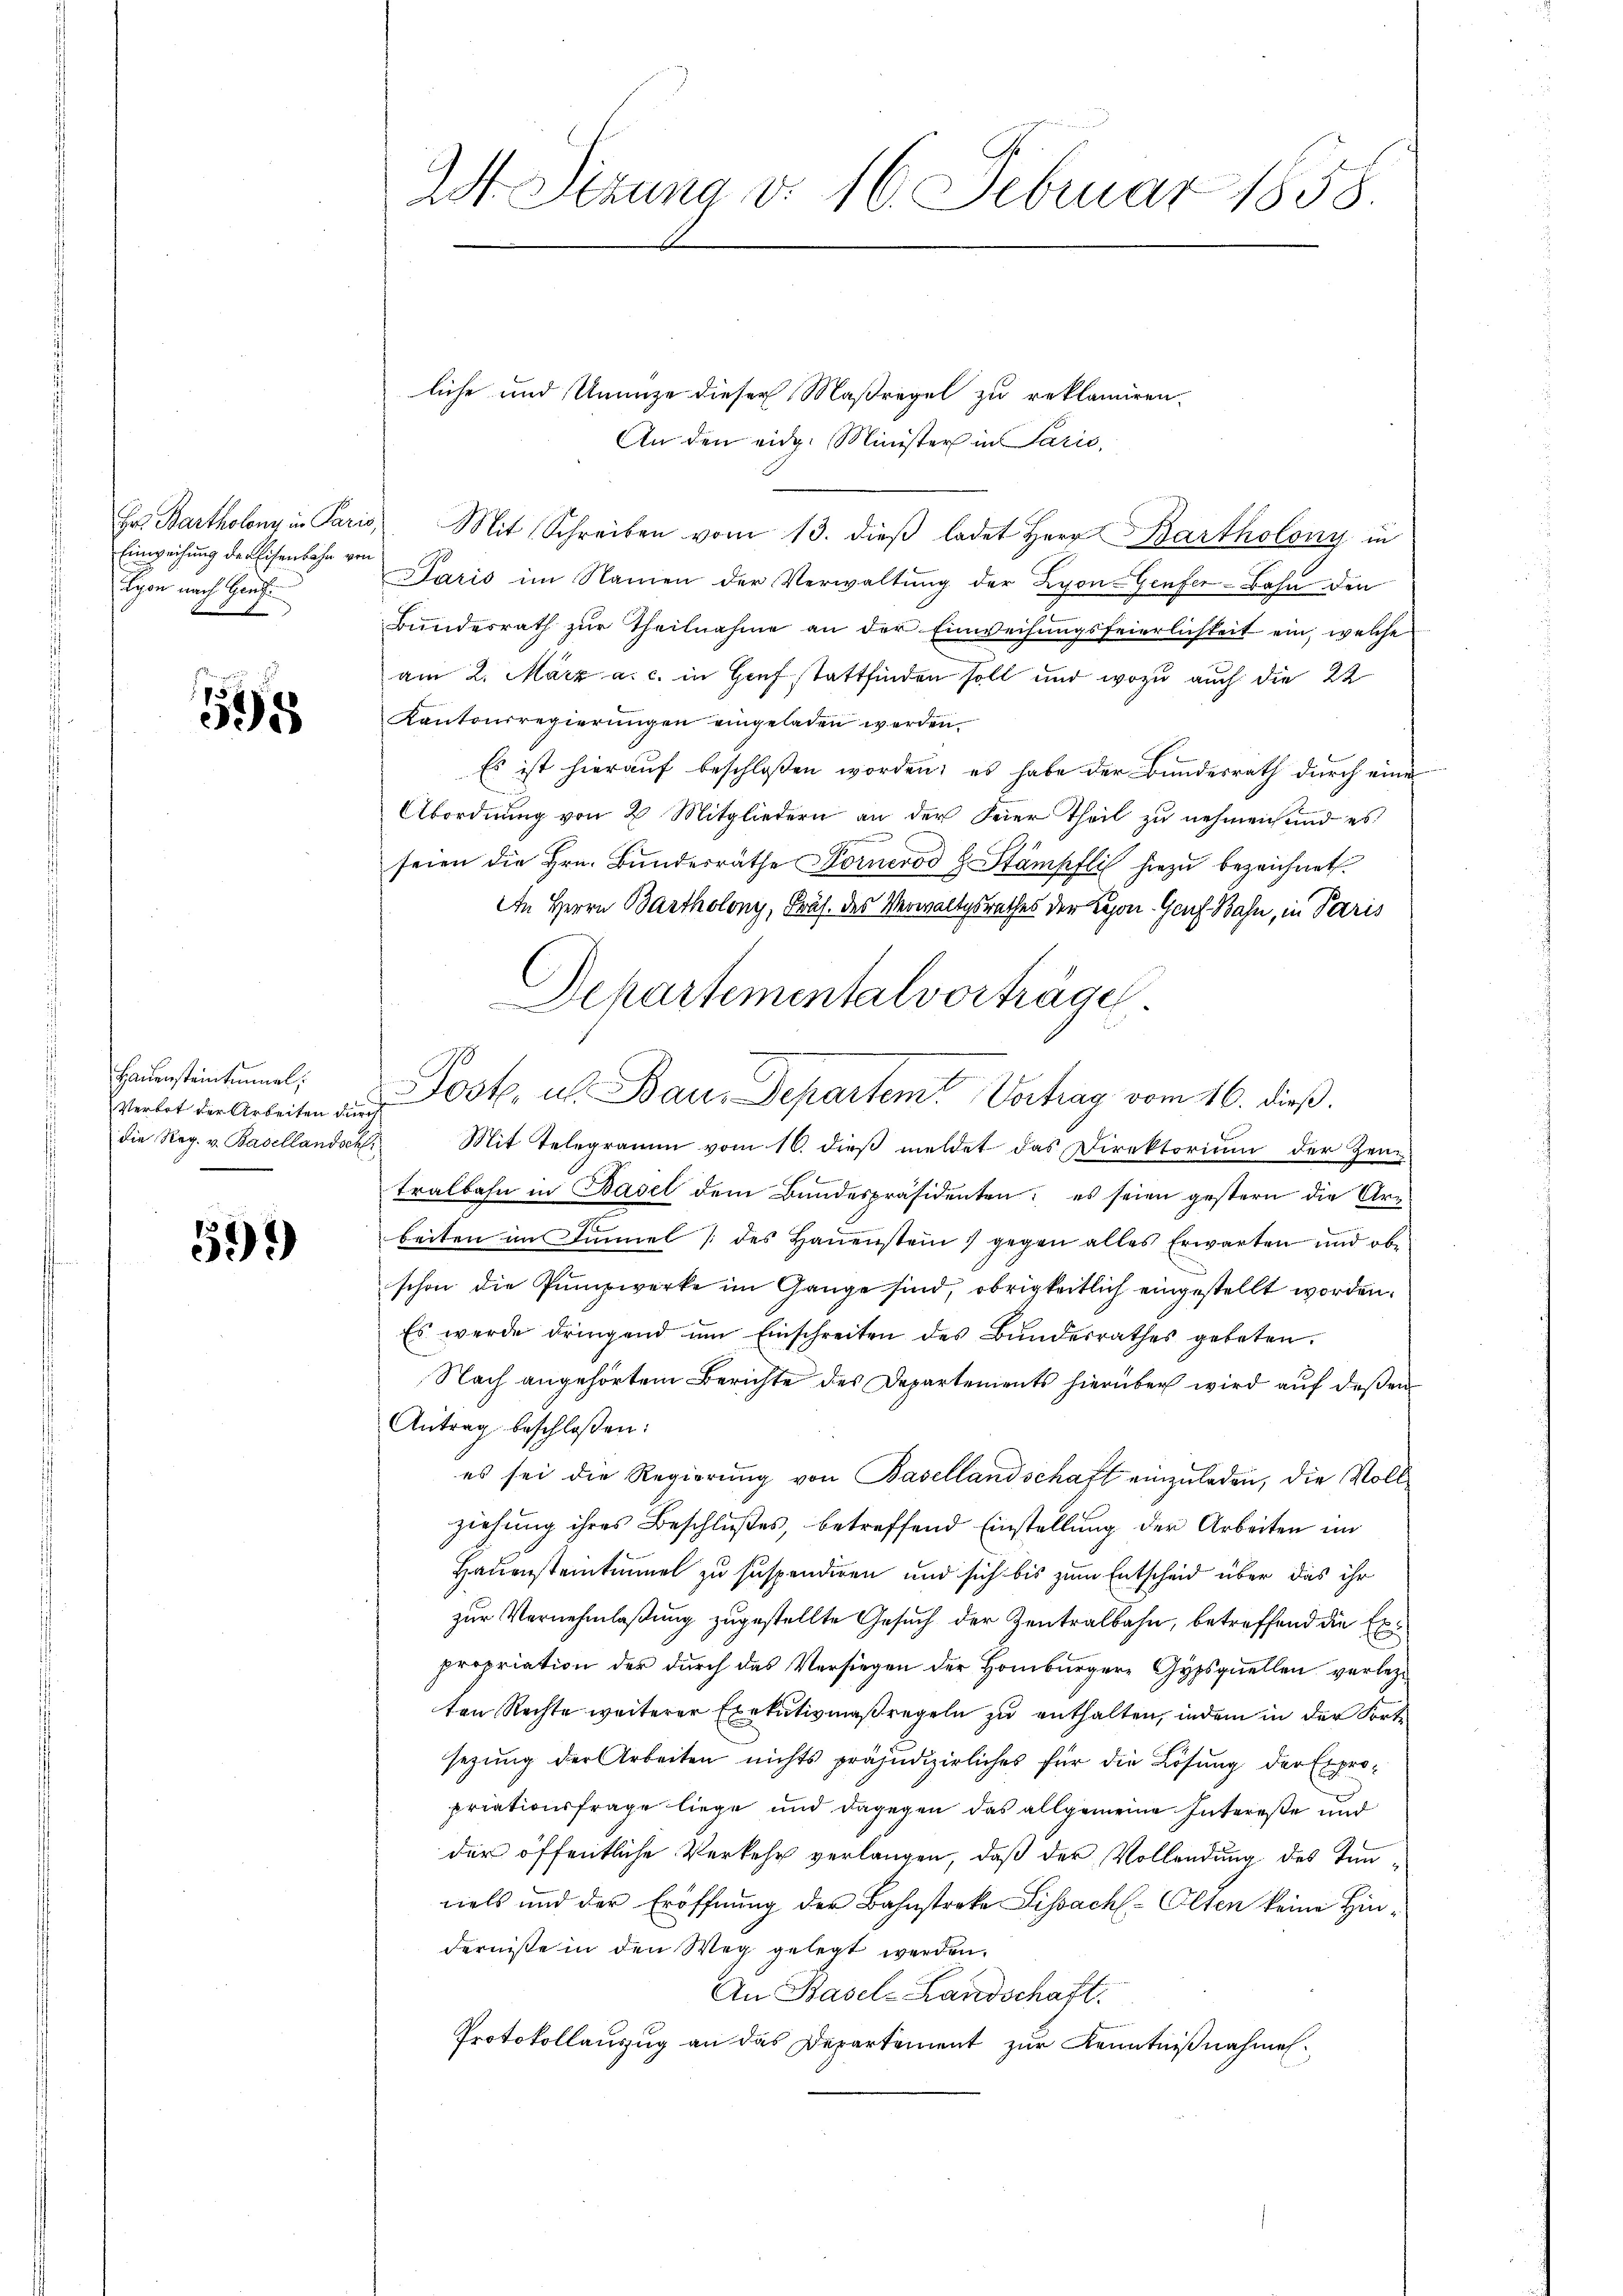
Hr. Bartholenz in Paris
Einweisung der Eisenbahn von
Lyon nach Genf
d

1595

Haŭensteintunnel,
Verbot der Arbeiten dur
die Reg. v. Basellandsch

51)

24. Sizung d. 16. Februar 1858.

liche und Unanze dieser Maßregel zu reklamiren.
An den eidg. Minister in Paris,
Mit Schreiben vom 13. dieβ ladet Herr Bartholony in
Paris im Namen der Verwaltŭng der Lyon-Genfer-Bahn den
Bundesrath zur Theilnahme an der Einweisungsfeierlichkeit ein, welche
am 2. März a. c. in Genf stattfinden soll und wozu auch die 22
Kantonsregierungen eingeladen werden.
Es ist hierauf beschloßen worden; es habe der Bundesrath durch eine
Abordnung von 2 Mitgliedern an der Feier Theil zu nehmen und es
seien die Hrn. Bundesräthe Fornerod H. Stämpfli hiezu bezeichnet.
An Herrn Bartholony, Präf. des Verwaltgsrathes der Repon. Genf Bahn, in Paris
Departementalvorträge
Jost, u. Bauer Departemter Verhag vom 16. dieß.
Mit Telegramm vom 16. dieß meldet das Direktorium der Zentralbahn in Basel dem Bundespräsidenten; es seien gestern die Arm-
beiten im Sinnel (des Hauenstein) gegen alles Erwarten und ob
schon die Punzwerke im Gange sind, obrigkeitlich eingestellt worden.
Es werde dringend ŭm Einschreiten des Bŭndesrathes gebeten.
Nach angehörtem Berichte des Departements hierüber wird auf deßen
Antrag beschloßen:
es sei die Regierŭng von Basellandschaft einzuladen, die Voll
ziehung ihres Beschlußes, betreffend Einstellung der Arbeiten im
Hauensteintunnel zu suspendiren und sich bis zum Entscheid über das ihr
zur Vernehmlaßung zugestellte Gesuch der Zentralbahn, betreffend die Exepropriation der durch das Versiegen der Homburgere Gypsquellen verlezt
ten Rechte weiterer Exekutivmaßregeln zu enthalten, indem in der Fortsezung der Arbeiten nichts präjudizierliches für die Lösung der Expropriationsfrage liege und dagegen das allgemeine Intereße und
der öffentliche Verkehr verlangen, daß der Vollendung des Tunnels und der Eröffnung der Bahnstreke Lissach-Olten keine Hin
derniße in den Weg gelegt werden.
An Basel-Landschaft
Protokollauszug an das Departement zur Kenntnißnahmen.